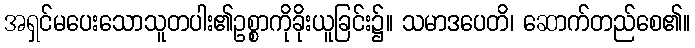
အရှင်မပေးသောသူတပါး၏ဥစ္စာကိုခိုးယူခြင်း၌။ သမာဒပေတိ၊ ဆောက်တည်စေ၏။